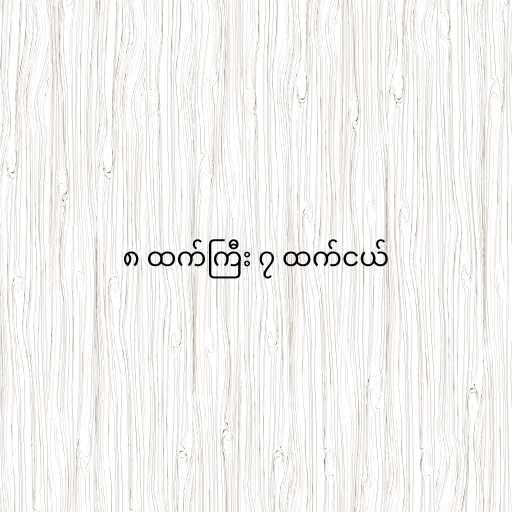
၈ ထက်ကြီး ၇ ထက်ငယ်